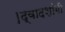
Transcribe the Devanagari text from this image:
।द्वादशांगी